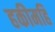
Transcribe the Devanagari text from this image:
हकीमहि